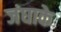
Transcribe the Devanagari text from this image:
जंघाके